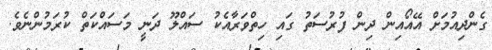
ގެންދިއުމަށް އޭއޯއިން ދިން ފުރުސަތު ގައި ހިތްވަރާއެކު ސައްލޫ ދަނީ މަސައްކަތް ކުރަމުންނެވެ.